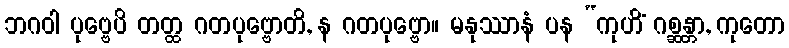
ဘဂဝါ ပုဗ္ဗေပိ တတ္ထ ဂတပုဗ္ဗောတိ, န ဂတပုဗ္ဗော။ မနုဿာနံ ပန “ကုဟိံ ဂစ္ဆန္တာ, ကုတော